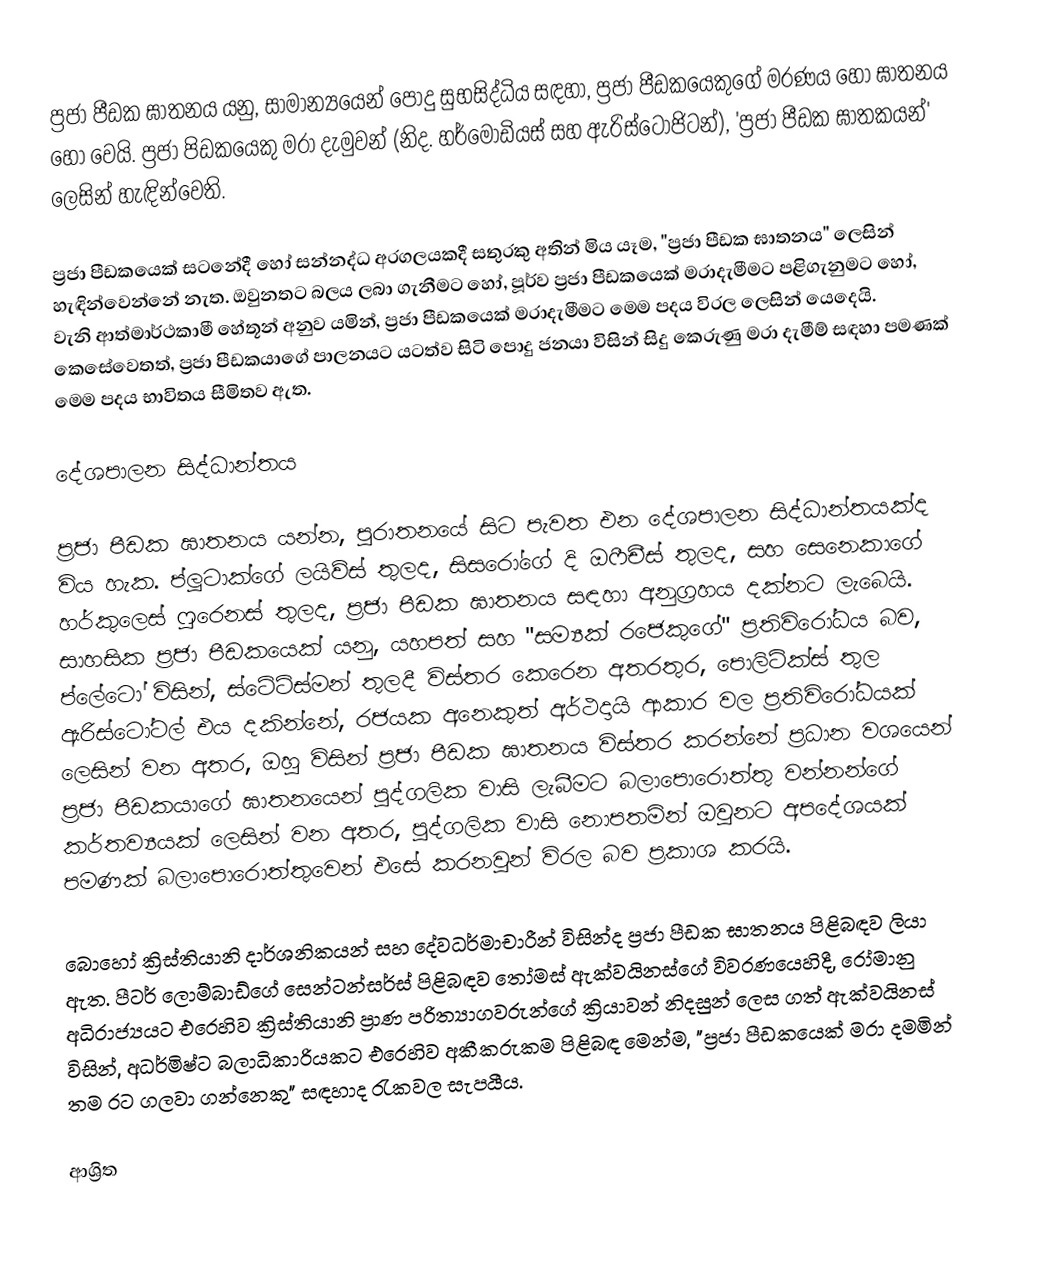
ප්‍රජා පීඩක ඝාතනය යනු,  සාමාන්‍යයෙන් පොදු සුභසිද්ධිය සඳහා, ප්‍රජා පීඩකයෙකුගේ මරණය හෝ ඝාතනය හෝ වෙයි. ප්‍රජා පිඩකයෙකු මරා දැමුවන් (නිද.  හර්මෝඩියස් සහ ඇරිස්ටෝජිටන්), 'ප්‍රජා පීඩක ඝාතකයන්' ලෙසින් හැඳින්වෙති.

ප්‍රජා පීඩකයෙක් සටනේදී හෝ සන්නද්ධ අරගලයකදී සතුරකු අතින් මිය යෑම, "ප්‍රජා පීඩක ඝාතනය" ලෙසින් හැඳින්වෙන්නේ නැත. ඔවුනතට බලය ලබා ගැනීමට හෝ, පූර්ව ප්‍රජා පීඩකයෙක් මරාදැමීමට පළිගැනුමට හෝ, වැනි ආත්මාර්ථකාමී හේතූන් අනුව යමින්, ප්‍රජා පීඩකයෙක් මරාදැමීමට මෙම පදය විරල ලෙසින් යෙදෙයි. කෙසේවෙතත්, ප්‍රජා පීඩකයාගේ පාලනයට යටත්ව සිටි පොදු ජනයා විසින් සිදු කෙරුණු මරා දැමීම් සඳහා පමණක් මෙම පදය භාවිතය සීමිතව ඇත.

දේශපාලන සිද්ධාන්තය

ප්‍රජා පීඩක ඝාතනය යන්න, පුරාතනයේ සිට පැවත එන දේශපාලන සිද්ධාන්තයක්ද විය හැක. ප්ලූටාක්ගේ  ලයිව්ස් තුලද, සිසරෝගේ දි ඔෆීචීස් තුලද, සහ සෙනෙකාගේ හර්කුලෙස් ෆුරෙනස් තුලද, ප්‍රජා පීඩක ඝාතනය සඳහා අනුග්‍රහය දක්නට ලැබෙයි.  සාහසික ප්‍රජා පීඩකයෙක් යනු, යහපත් සහ "සම්‍යක් රජෙකුගේ" ප්‍රතිවිරෝධය බව, ප්ලේටෝ විසින්,  ස්ටේට්ස්මන් තුලදී විස්තර කෙරෙන අතරතුර, පොලිටික්ස් තුල ඇරිස්ටෝටල් එය දකින්නේ, රජයක අනෙකුත් අර්ථදායි ආකාර වල ප්‍රතිවිරෝධයක් ලෙසින් වන අතර, ඔහු විසින් ප්‍රජා පීඩක ඝාතනය විස්තර කරන්නේ ප්‍රධාන වශයෙන් ප්‍රජා පීඩකයාගේ ඝාතනයෙන් පුද්ගලික වාසි ලැබීමට බලාපොරොත්තු වන්නන්ගේ කර්තව්‍යයක් ලෙසින් වන අතර, පුද්ගලික වාසි නොපතමින් ඔවුනට අපදේශයක් පමණක් බලාපොරොත්තුවෙන් එසේ කරනවුන් විරල බව ප්‍රකාශ කරයි.

බොහෝ ක්‍රිස්තියානි දාර්ශනිකයන් සහ දේවධර්මාචාරීන් විසින්ද ප්‍රජා පීඩක ඝාතනය පිළිබඳව ලියා ඇත. පීටර් ලොම්බාඩ්ගේ  සෙන්ටන්සර්ස් පිළිබඳව  තෝමස් ඇක්වයිනස්ගේ  විවරණයෙහිදී, රෝමානු අධිරාජ්‍යයට එරෙහිව ක්‍රිස්තියානි ප්‍රාණ පරිත්‍යාගවරුන්ගේ ක්‍රියාවන් නිදසුන් ලෙස ගත් ඇක්වයිනස් විසින්, අධර්මිෂ්ට බලාධිකාරියකට එරෙහිව අකීකරුකම පිළිබඳ මෙන්ම, "ප්‍රජා පීඩකයෙක් මරා දමමින් තම රට ගලවා ගන්නෙකු" සඳහාද රැකවල සැපයීය.

ආශ්‍රිත